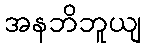
အနဘိဘူယျ